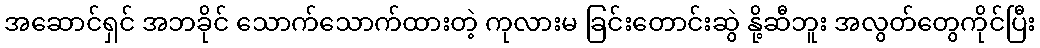
အဆောင်ရှင် အဘခိုင် သောက်သောက်ထားတဲ့ ကုလားမ ခြင်းတောင်းဆွဲ နို့ဆီဘူး အလွတ်တွေကိုင်ပြီး